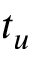
t _ { u }